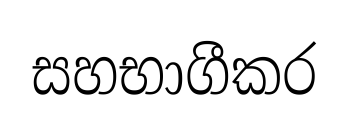
සහභාගීකර